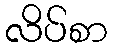
လိပ်စာ